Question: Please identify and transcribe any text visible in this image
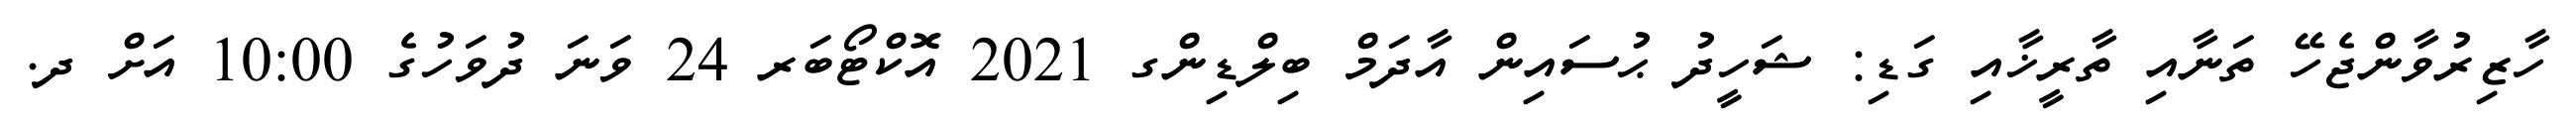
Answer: ހާޒިރުވާންޖެހޭ ތަނާއި ތާރީޚާއި ގަޑި: ޝަހީދު ޙުސައިން އާދަމް ބިލްޑިންގ 2021 އޮކްޓޯބަރ 24 ވަނަ ދުވަހުގެ 10:00 އަށް ދ.